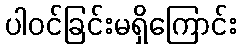
ပါဝင်ခြင်းမရှိကြောင်း